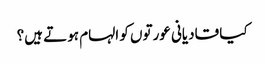
کیا قادیانی عورتوں کو الہام ہوتے ہیں؟